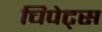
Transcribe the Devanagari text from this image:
चिपेट्स